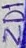
Text: ZD1